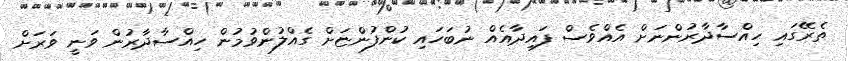
ތެރޭގައި ހިއްސާދާރުންނަށް އެއްވެސް ފައިދާއެއް ނުބަހައި ކުންފުންޏަށް ގެއްލުންވުމުން ހިއްސާދާރުން ވަނީ ވަރަށް